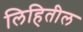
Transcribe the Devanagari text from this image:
लिहितील